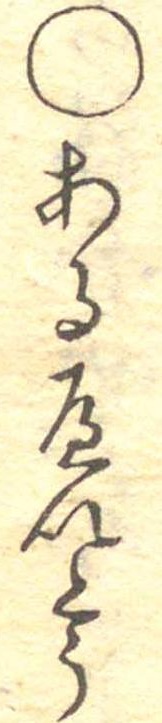
○あるへいとう